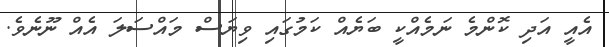
އެއީ އަދި ކޮންމެ ނަމެއްކީ ބަޔެއް ކަމުގައި ވިޔަސް މައްސަލަ އެއް ނޫނެވެ.